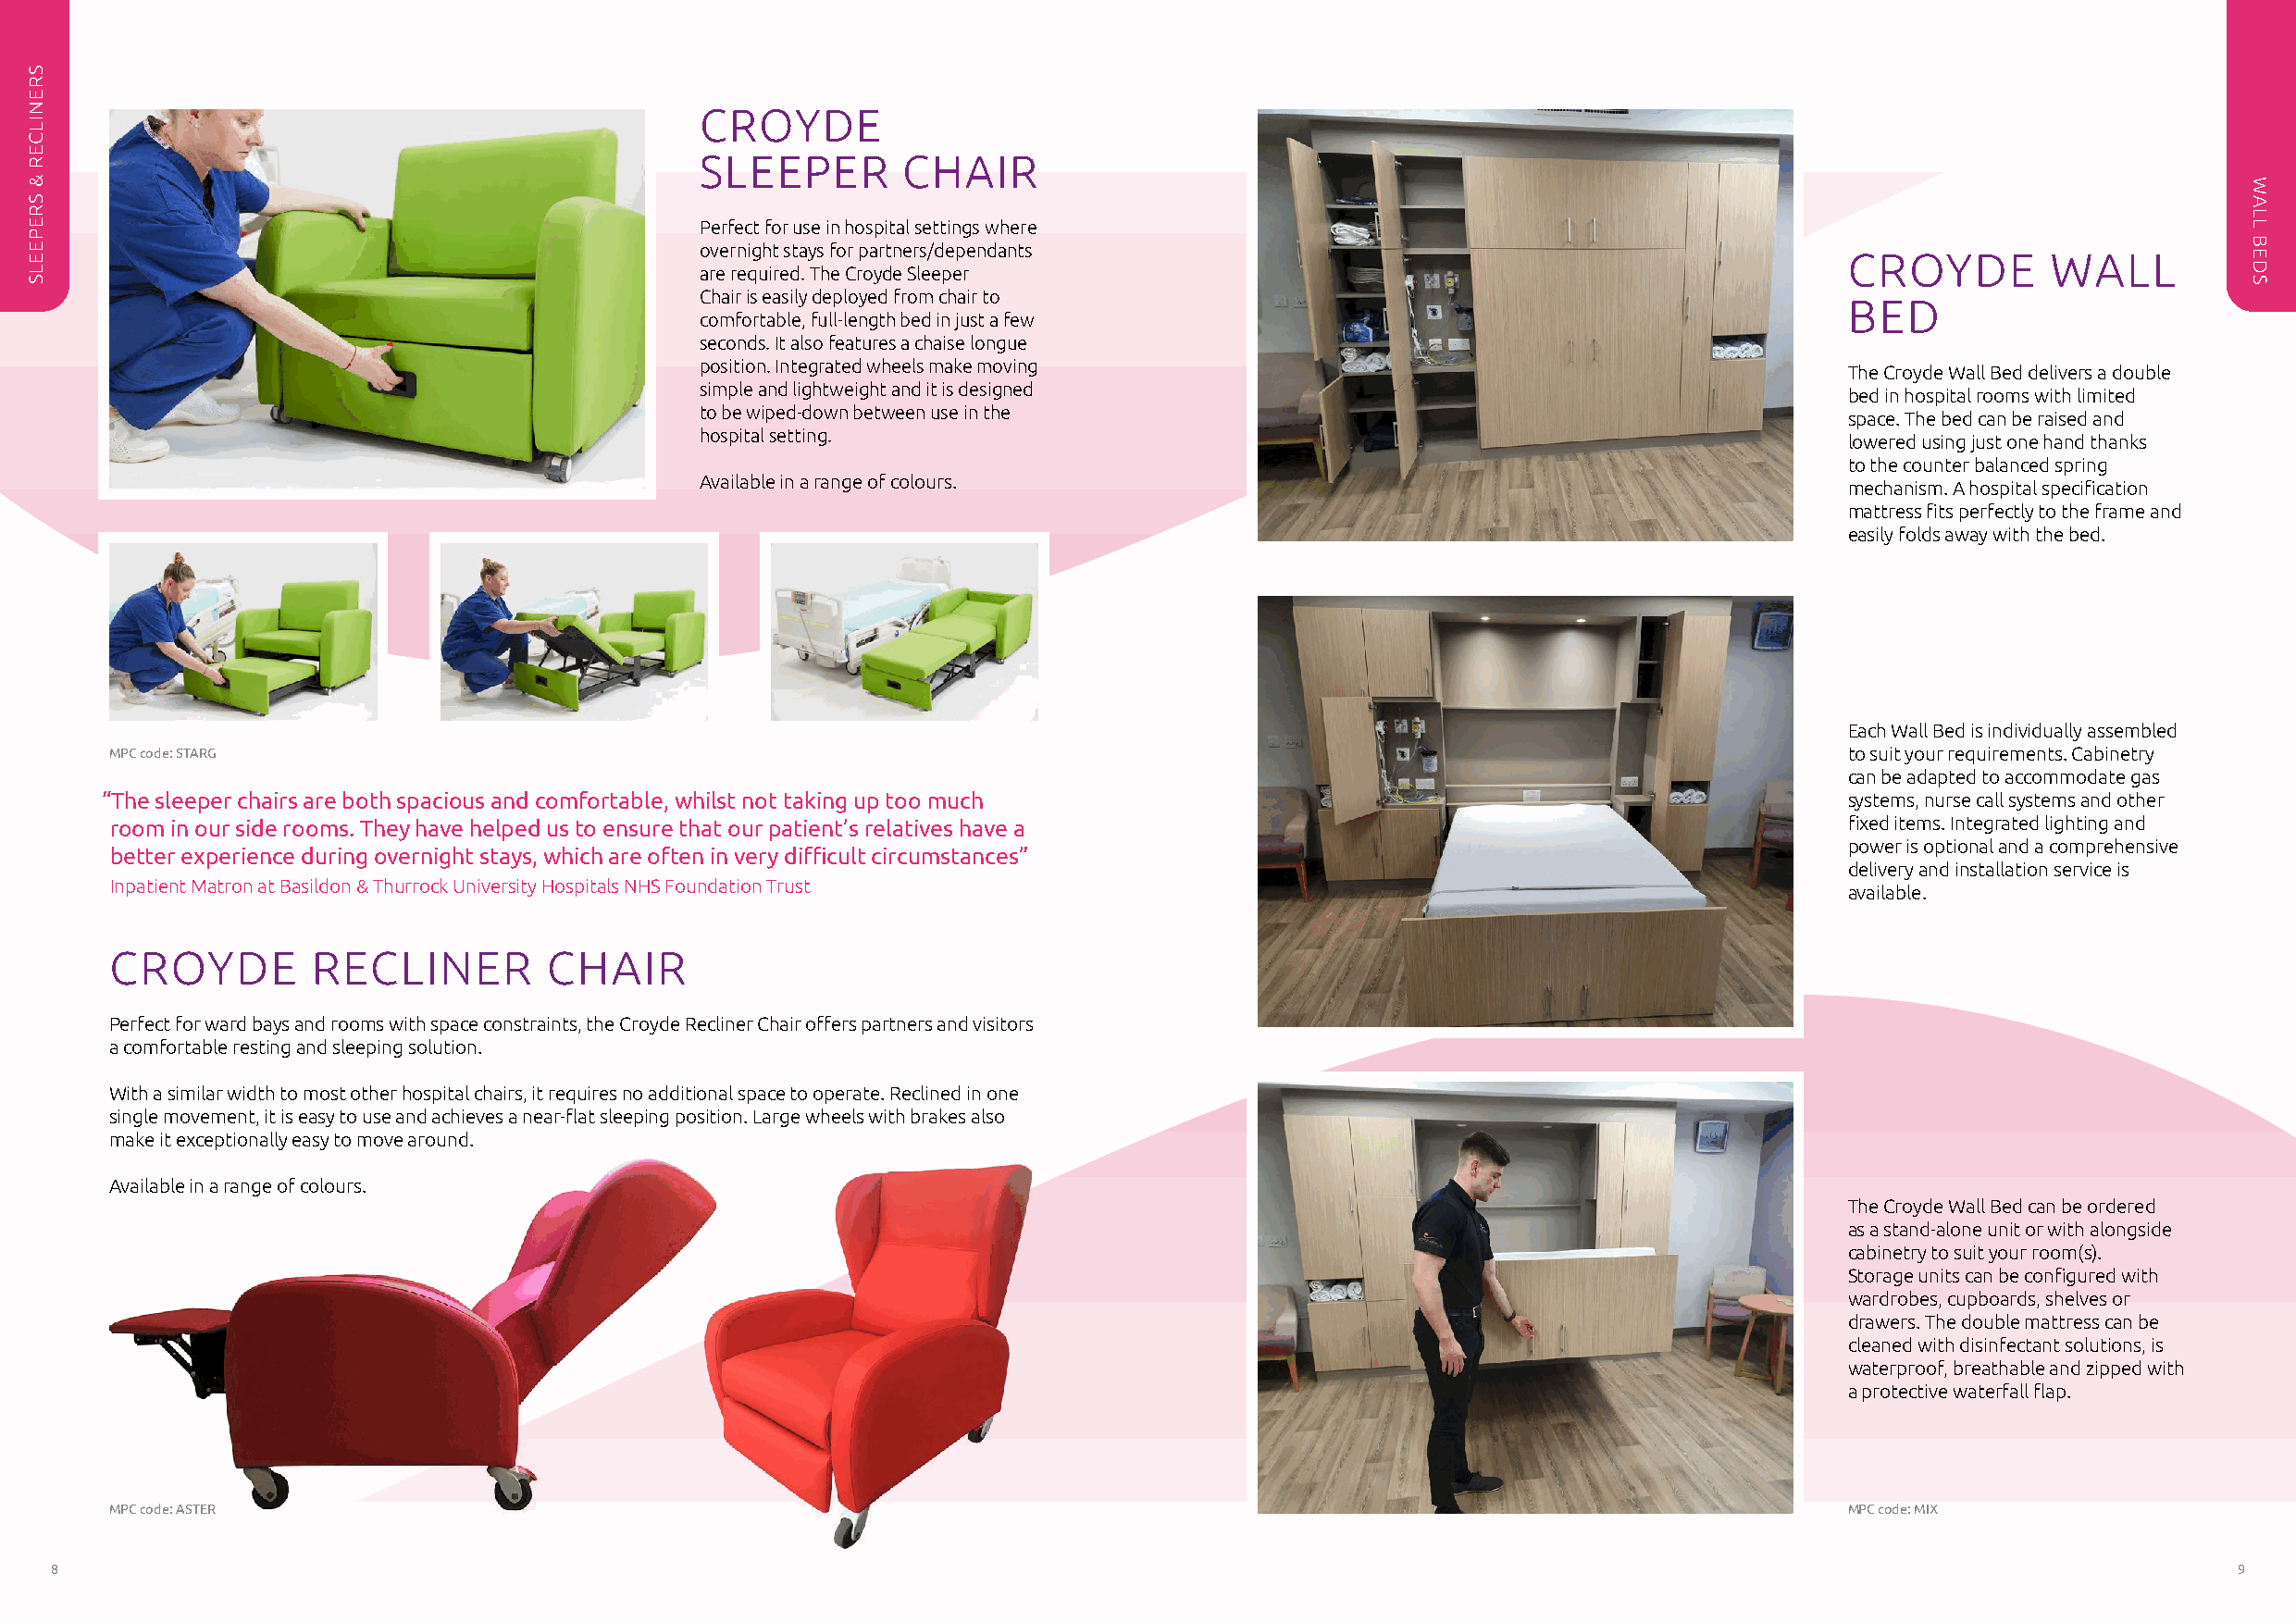
CROYDE
 SLEEPER        CHAIR
 Perfect for use in hospital settings where
 overnight stays for partners/dependants
 CROYDE         WALL
 are required. The Croyde Sleeper
 Chair is easily deployed from chair to
 BED
 comfortable, full-length bed in just a few
 seconds. It also features a chaise longue
 position. Integrated wheels make moving
 The Croyde Wall Bed delivers a double
 simple and lightweight and it is designed
 bed in hospital rooms with limited
 to be wiped-down between use in the
 space. The bed can be raised and
 hospital setting.
 lowered using just one hand thanks
 to the counter balanced spring
 Available in a range of colours.
 mechanism. A hospital specification
 mattress fits perfectly to the frame and
 easily folds away with the bed.
 Each Wall Bed is individually assembled
 MPC code: STARG                                                                                                             to suit your requirements. Cabinetry
 can be adapted to accommodate gas
 “The sleeper chairs are both spacious and comfortable, whilst not taking up too much                                         systems, nurse call systems and other
 room in our side rooms. They have helped us to ensure that our patient’s relatives have a                                   fixed items. Integrated lighting and
 power is optional and a comprehensive
 better experience during overnight stays, which are often in very difficult circumstances”
 delivery and installation service is
 Inpatient Matron at Basildon & Thurrock University Hospitals NHS Foundation Trust
 available.
 CROYDE        RECLINER         CHAIR
 Perfect for ward bays and rooms with space constraints, the Croyde Recliner Chair offers partners and visitors
 a comfortable resting and sleeping solution.
 With a similar width to most other hospital chairs, it requires no additional space to operate. Reclined in one
 single movement, it is easy to use and achieves a near-flat sleeping position. Large wheels with brakes also
 make it exceptionally easy to move around.
 Available in a range of colours.
 The Croyde Wall Bed can be ordered
 as a stand-alone unit or with alongside
 cabinetry to suit your room(s).
 Storage units can be configured with
 wardrobes, cupboards, shelves or
 drawers. The double mattress can be
 cleaned with disinfectant solutions, is
 waterproof, breathable and zipped with
 a protective waterfall flap.
 MPC code: ASTER                                                                                                             MPC code: MIX
 8                                                                                                                                                           9
 SRENILCER
 &
 SREPEELS
 WALL
 BEDS